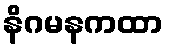
နိဂမနကထာ